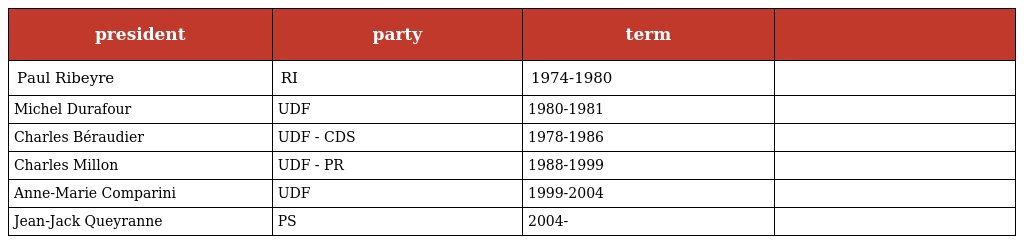
| president | party | term |  |
 | --- | --- | --- | --- |
 | Paul Ribeyre | RI | 1974-1980 |  |
 | Michel Durafour | UDF | 1980-1981 |  |
 | Charles Béraudier | UDF - CDS | 1978-1986 |  |
 | Charles Millon | UDF - PR | 1988-1999 |  |
 | Anne-Marie Comparini | UDF | 1999-2004 |  |
 | Jean-Jack Queyranne | PS | 2004- |  |